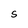
Character: S